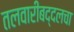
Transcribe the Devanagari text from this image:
तलवारीबद्दलचा